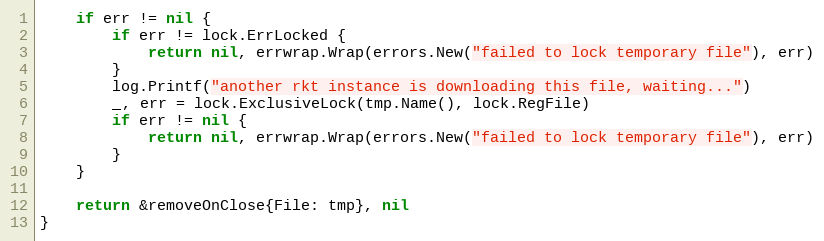
Language: Go
	if err != nil {
		if err != lock.ErrLocked {
			return nil, errwrap.Wrap(errors.New("failed to lock temporary file"), err)
		}
		log.Printf("another rkt instance is downloading this file, waiting...")
		_, err = lock.ExclusiveLock(tmp.Name(), lock.RegFile)
		if err != nil {
			return nil, errwrap.Wrap(errors.New("failed to lock temporary file"), err)
		}
	}

	return &removeOnClose{File: tmp}, nil
}